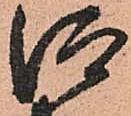
仰